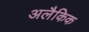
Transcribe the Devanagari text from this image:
अलैकिक